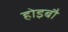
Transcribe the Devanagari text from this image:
होइबौ